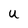
Character: U